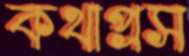
কথাপ্রস